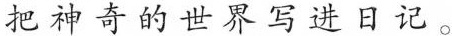
把神奇的世界写进日记。